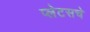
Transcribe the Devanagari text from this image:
प्लेटसचे